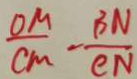
\frac { O M } { C M } - \frac { B N } { C N }